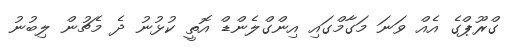
ގްރޫޕްގެ އެއް ވަނަ މަގާމްގައި އިންގްލެންޑް އޮތީ ކުޅުނު ދެ މެޗުން ލިބުނު